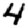
Digit: 4